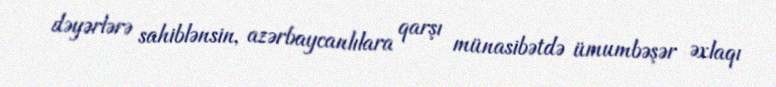
dəyərlərə sahiblənsin, azərbaycanlılara qarşı münasibətdə ümumbəşər əxlaqı